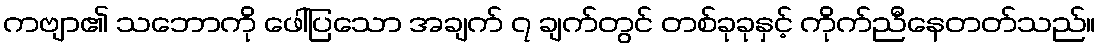
ကဗျာ၏ သဘောကို ဖေါ်ပြသော အချက် ၇ ချက်တွင် တစ်ခုခုနှင့် ကိုက်ညီနေတတ်သည်။